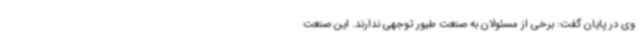
وی در پایان گفت: برخی از مسئولان به صنعت طیور توجهی ندارند. این صنعت